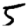
Digit: 5